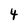
Character: 4